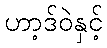
ဟာ့ဒ်ဝဲနှင့်